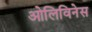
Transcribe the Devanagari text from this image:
ओलिविनेस